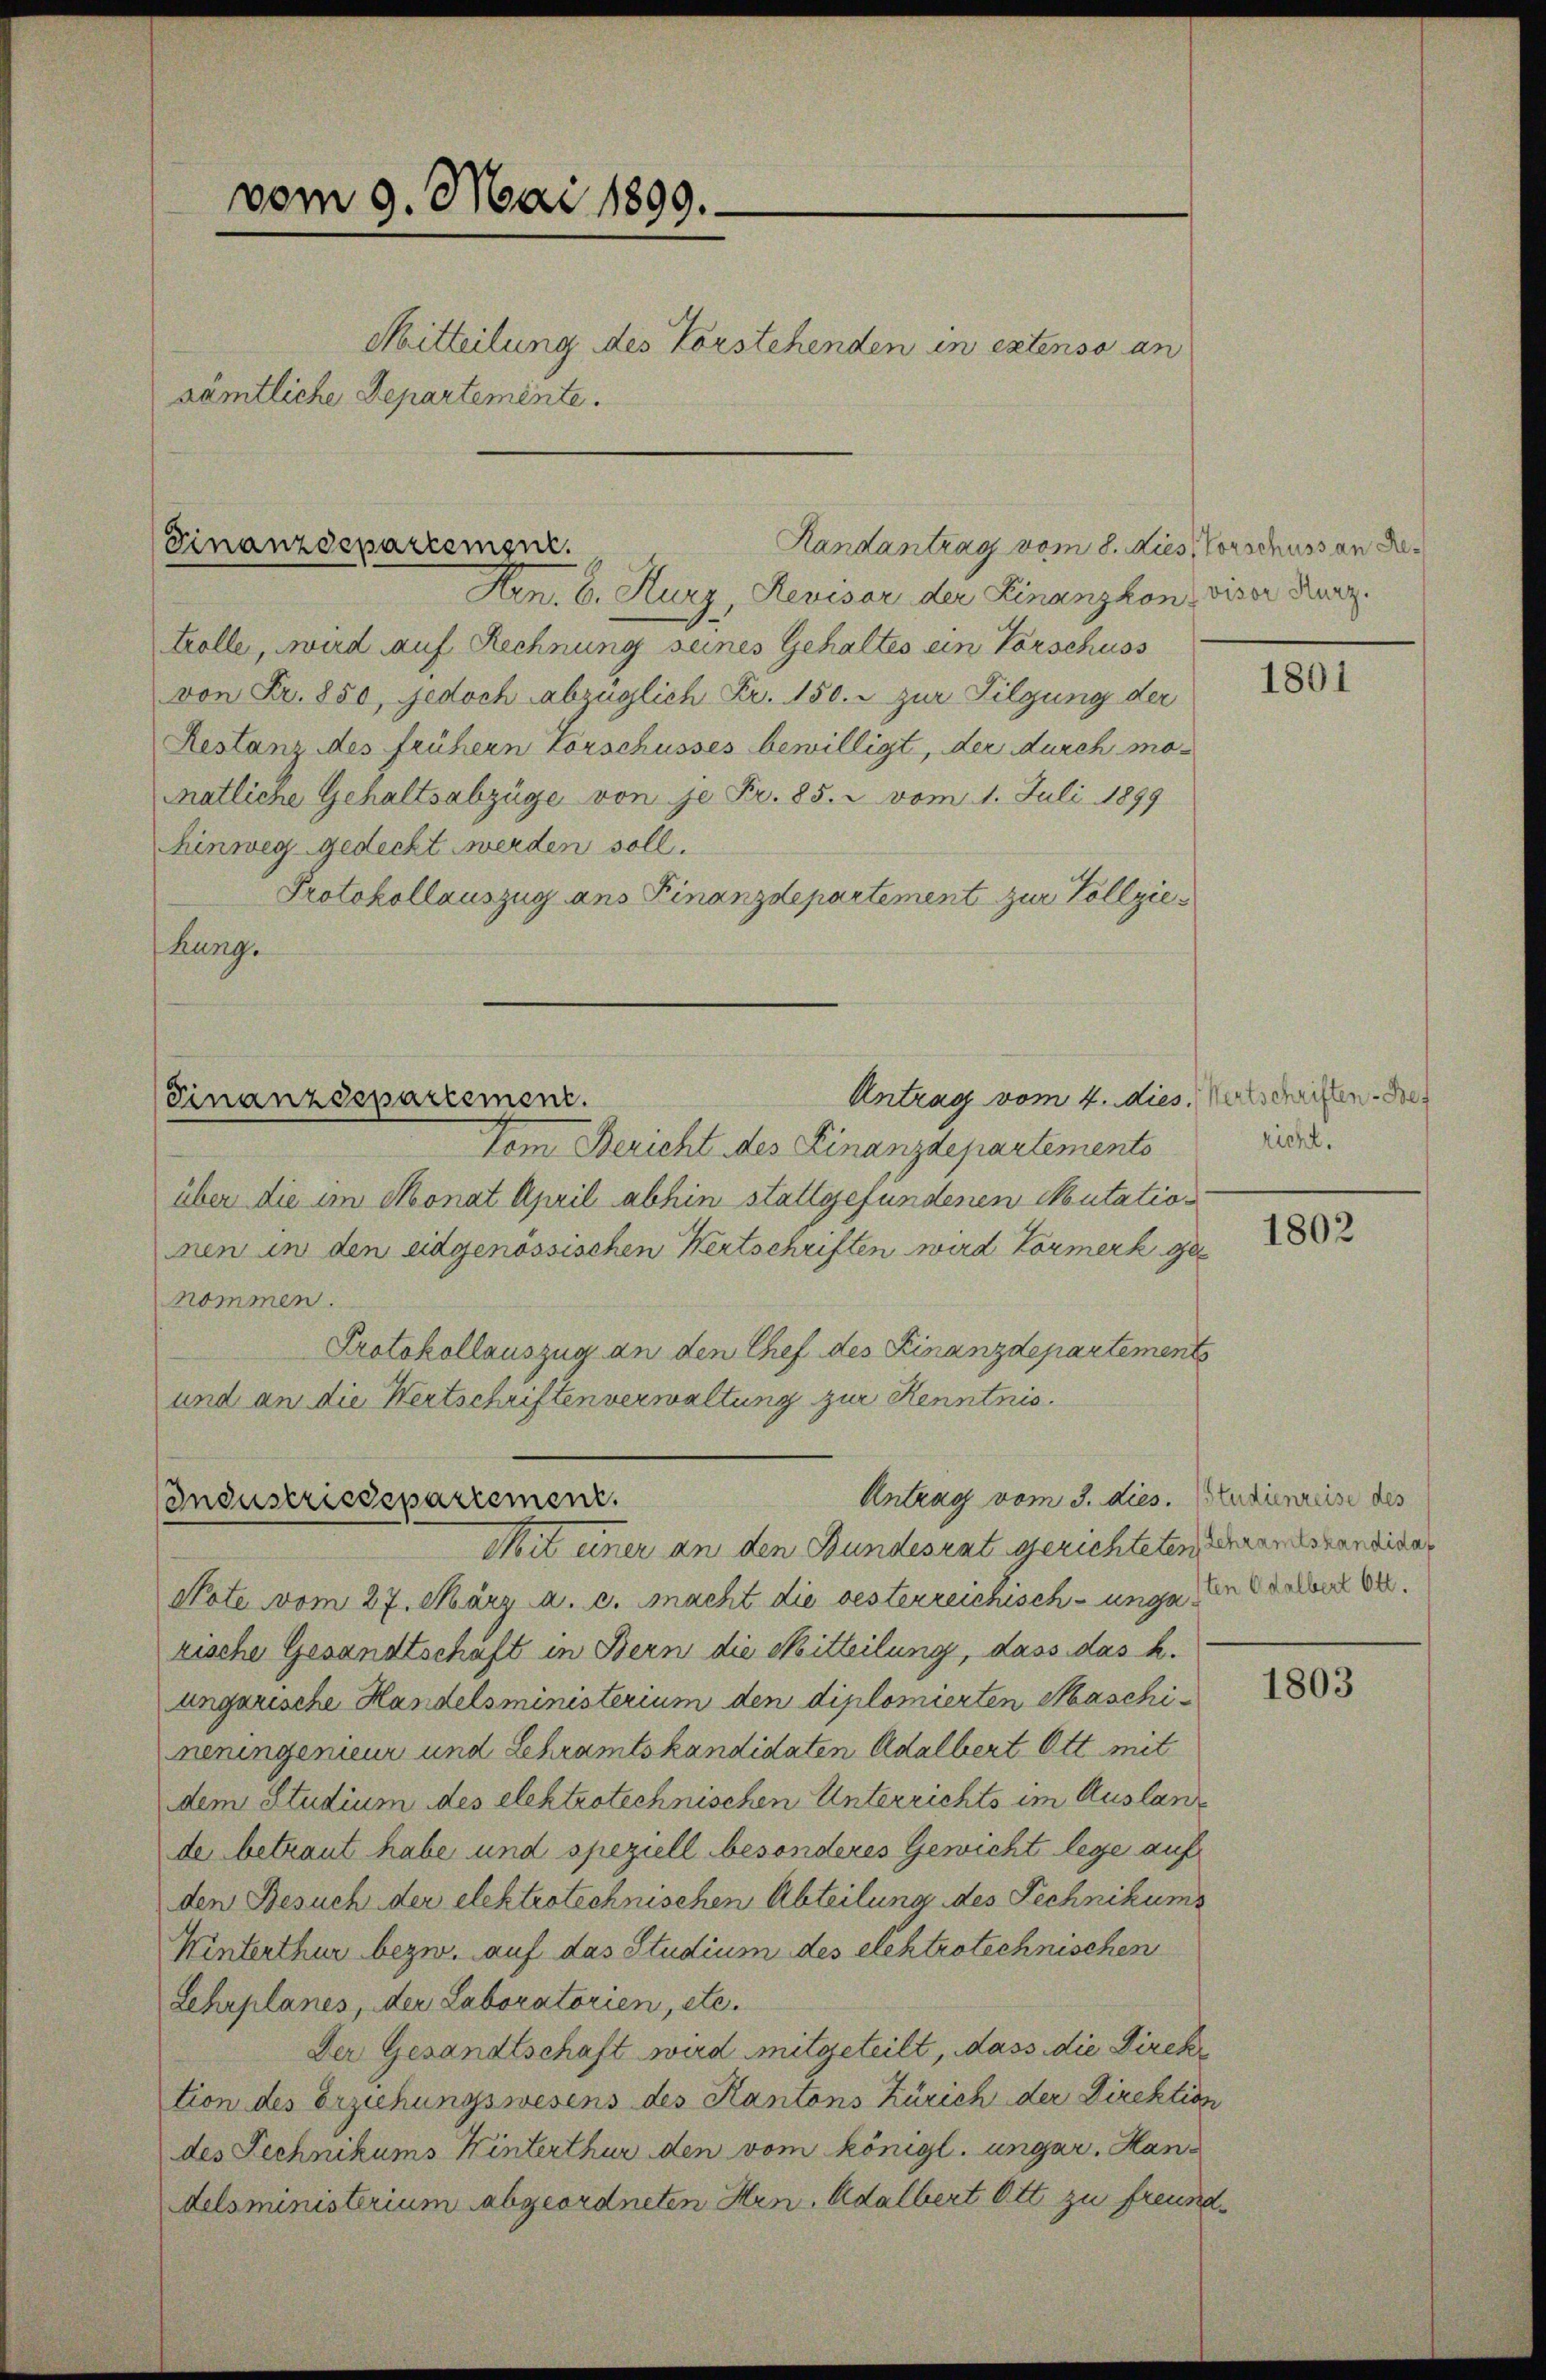
vom 9. Mai 1899.
Mitteilung des Vorstehenden in extenso an
sämtliche Departemente.

Hen. 6. Kurz, Revisar der Finanzkon, viser Kurz
trolle, wird auf Rechnung seines Gehaltes ein Vorschuss
von Fr. 850, jedoch abzüglich Fr. 150. - zur Tilgung der
Restanz des frühern Vorschusses bewilligt, der durch momatliche Gehaltsabzüge von je Fr. 85. 2 vom 1. Juli 1899
hinweg gedeckt werden soll.
Protokollauszug ans Finanzdepartement zur Vollzie¬
Bung.

Finanzdepartement.

Finanzdepartement.

Antrag vom 4. dies. Verschriften. De
Vom Bericht des Finanzdepartements
über die im Monat April abhin stattgefundenen Mutationen in den eidgenössischen Wertschriften wird Vormerk ge
nommen.
Protokollauszug an den Chef des Finanzdepartements
und an die Wertschriften verwaltung zur Kenntnis.

Randantrag vom 8. dies, Vorschuss an de

Industriedepartement.
Mit einer an den Bundesrat gerichteten Schramtskandidat

Antrag vom 3. dies.

Note vom 27. März a. c. macht die besterreichisch-unga ne selber Verrische Gesandtschaft in Bern die Mitteilung, dass das k.
ungarische Handelsministerium den diplomierten Maschineningenieur und Schramtskandidaten Adalbert Ott mit
dem Studium des elektrotechnischen Unterrichts im Auslande betraut habe und speziell besonderes Gewicht lege auf
den Besuch der elektrotechnischen Abteilung des Technikums
Winterthur bezw. auf das Studium des elektrotechnischen
Lehrplanes, der Laboratorien, etc.
Der Gesandtschaft wird mitgeteilt, dass die Direktion des Erziehungswesens des Kantons Zürich der Direktion
des Technikums Winterthur den vom königl. ungar. Handelsministerium abgeordneten Hrn. Adalbert Ott zu freund¬

1801

richt.

1802

Studienreise des

1803